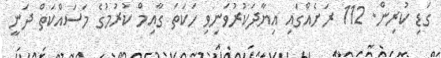
ގަޑި ކުރިން. 112 ރަށެއްގައި އިޔާދަކުރުވަނިވި ހަކަތަ ގާއިމް ކުރުމުގެ މަސައްކަތް ދަނީ